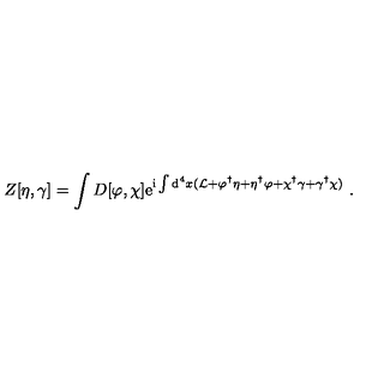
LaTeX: Z [ \eta , \gamma ] = \int D [ \varphi , \chi ] \mathrm { e } ^ { \mathrm { i } \int \mathrm { d } ^ { 4 } x ( { \cal L } + \varphi ^ { \dagger } \eta + \eta ^ { \dagger } \varphi + \chi ^ { \dagger } \gamma + \gamma ^ { \dagger } \chi ) } \ .